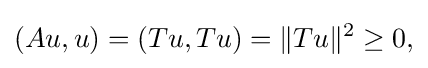
\displaystyle {(Au,u)=(Tu,Tu)=\|Tu\|^{2}\geq 0,}